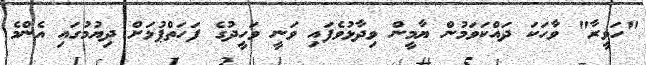
"ހަވީރާ" ވާހަކަ ދައްކަވަމުން ޔާމީން ވިދާޅުވެފައި ވަނީ ވަހީދުގެ ފަހަތްޕުޅަށް ދިޔުމުގައި އެންމެ